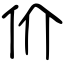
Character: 价